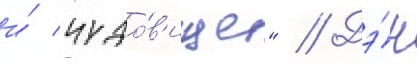
и́ чудо́в'ище" // Дэ́н